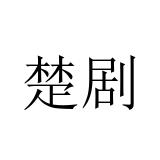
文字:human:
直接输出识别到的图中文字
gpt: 楚剧